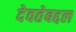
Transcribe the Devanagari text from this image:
देवतेबद्दल